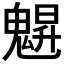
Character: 𩳪